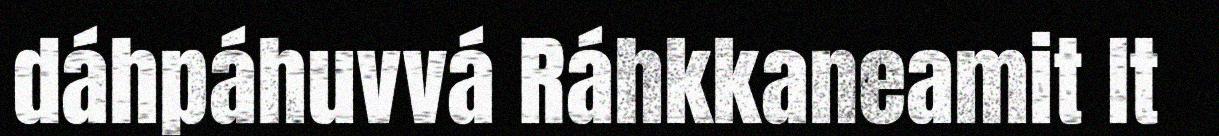
dáhpáhuvvá Ráhkkaneamit It